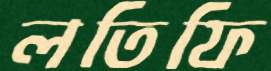
লতিফি